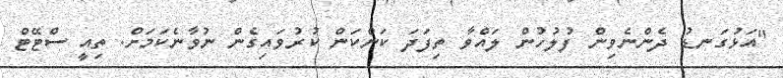
"އަޅުގަނޑު ދެންނެވިން ފުލުހުން ލައްވާ ތިފަދަ ކަންކަން ކުރުވައިގެން ނުވާނެކަމަށް. ތިއީ ސްޓޭޓް